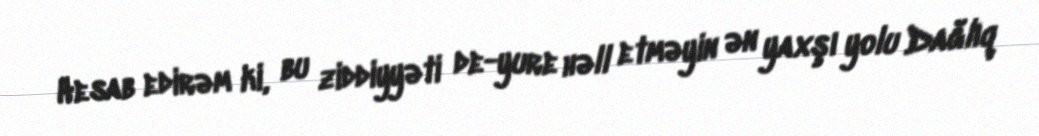
Hesab edirəm ki, bu ziddiyyəti de-yure həll etməyin ən yaxşı yolu Dağlıq